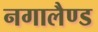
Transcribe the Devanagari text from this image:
नगालैण्ड